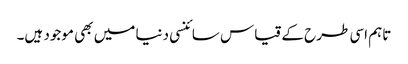
تاہم اسی طرح کے قیاس سائنسی دنیا میں بھی موجود ہیں۔